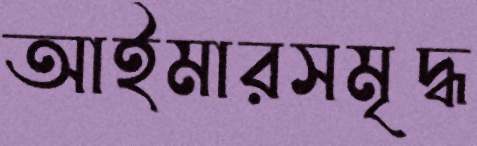
আইমারসমৃদ্ধ